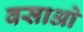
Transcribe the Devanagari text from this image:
वसाओ